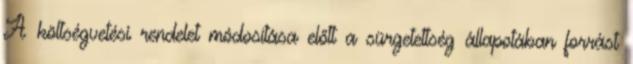
A költségvetési rendelet módosítása előtt a sürgetettség állapotában forrást